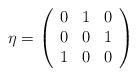
LaTeX: \begin{align*}\eta =\left( \begin{array}{ccc}0 & 1 & 0 \\ 0 & 0 & 1 \\ 1 & 0 & 0\end{array}\right)\end{align*}